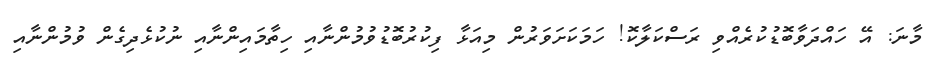
މާނަ: އޭ ހައްދަވާބޮޑުކުރެއްވި ރަސްކަލާކޮ! ހަމަކަށަވަރުން މިއަޅާ ފިކުރުބޮޑުވުމުންނާއި ހިތާމައިންނާއި ނުކުޅެދިގެން ވުމުންނާއި